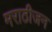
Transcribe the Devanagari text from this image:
मराठीजन